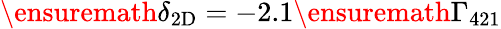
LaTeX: \ensuremath{\delta_{\mathrm{2D}}}=-2.1\ensuremath{\Gamma_{421}}